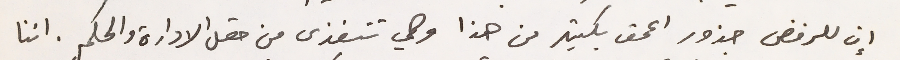
إن للرفض جذور اعمق بكثير من هذا وهي تتغذى من حقل الادارة والحكم. اننا